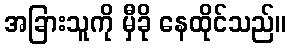
အခြားသူကို မှီခို နေထိုင်သည်။